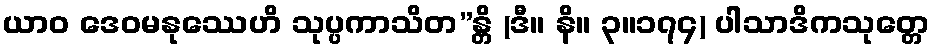
ယာဝ ဒေဝမနုဿေဟိ သုပ္ပကာသိတ”န္တိ (ဒီ။ နိ။ ၃။၁၇၄) ပါသာဒိကသုတ္တေ